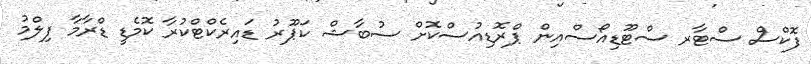
ފޮކްސް ސްޓާރ ސްޓޫޑިއޯސްއިން ޕްރޮޑިއުސްކޮށް ސުބާޝް ކަޕޫރު ޑައިރެކްޓްކުރާ ކޮމެޑީ ޑްރާމާ ފިލްމު